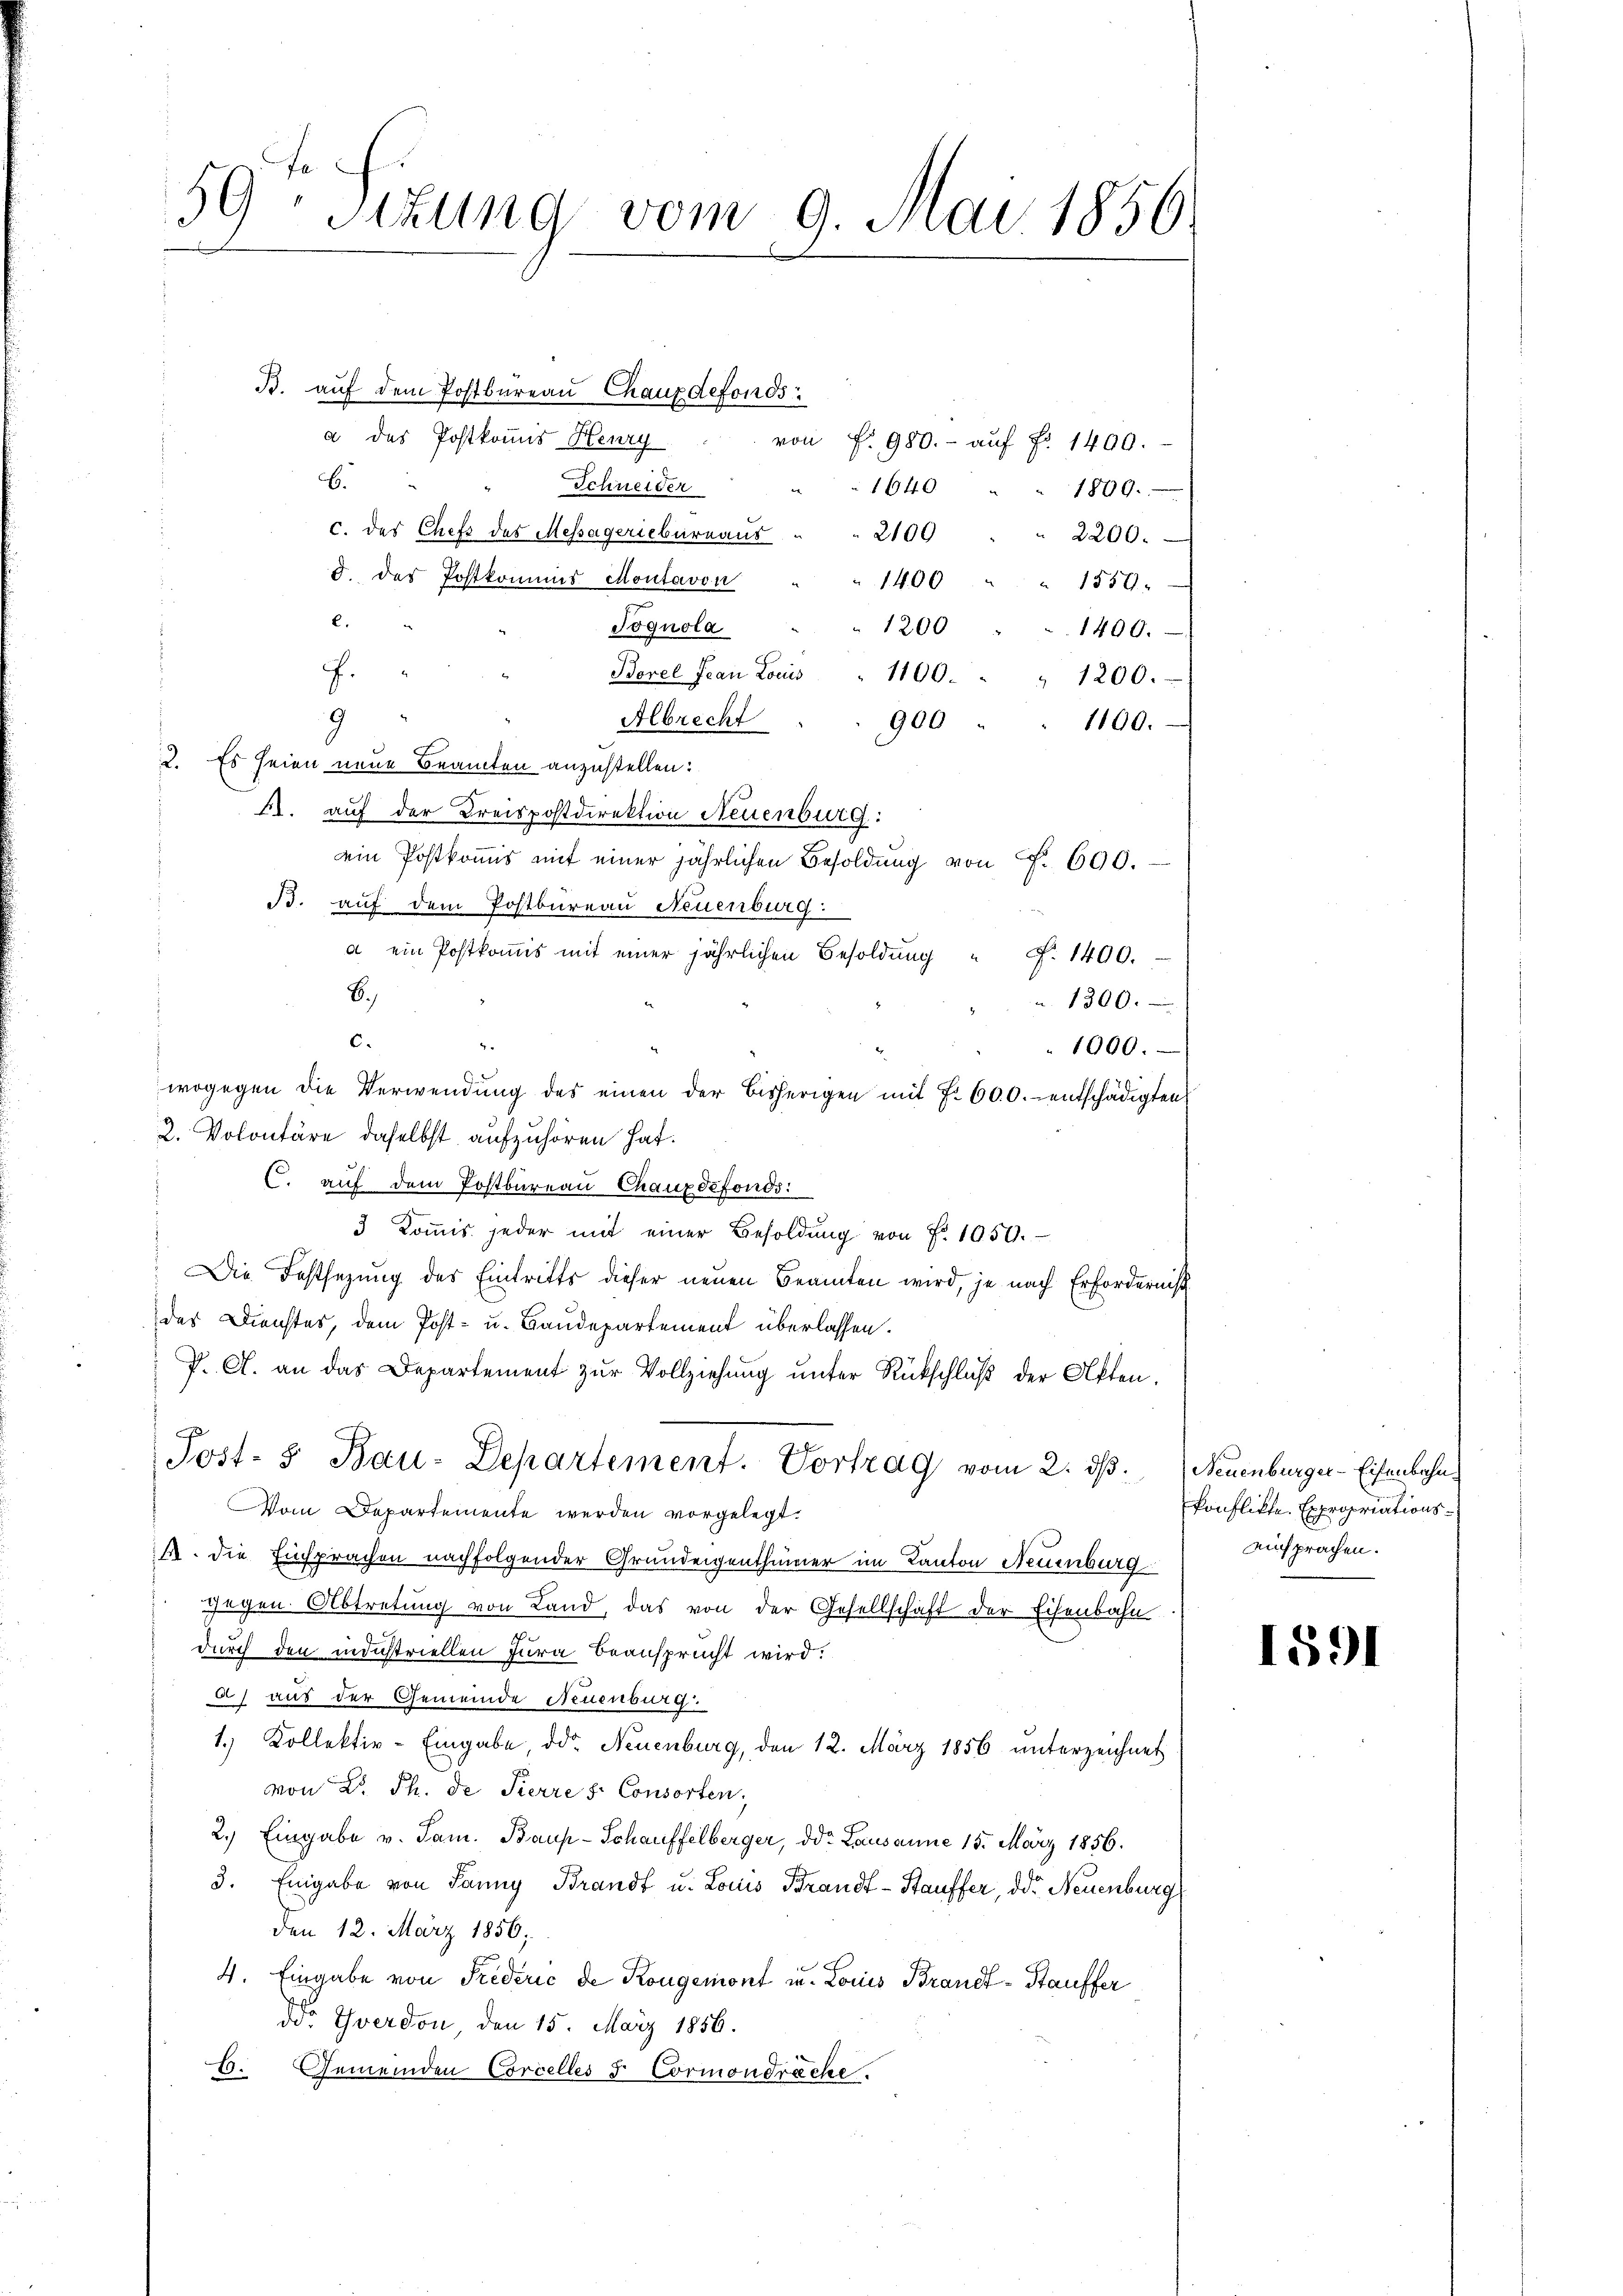
59 Sizung vom 9. Mai 1850.

B. auf dem Postbureau Chauxdefonds
a des Postkommis Henry
von f. 980.- auf No 1400.
6.
Schneider
1640
.
1809.
c. des Chefz des Messägeriebureaus
2100
2200.
8. der Postkommis Montavon
1400 " " 1559.
e.
Jognola
1200
1400.
J.
Borel Jean Locus
1100.
" 1200.
9
Albrecht
900
1100.
2. Es seien neue Beamten anzustellen:
41. auf der Kreispostdirektion Neuenburg:
ein Postkommis mit einer jährlichen Besoldung von Fr. 690.
B. auf dem Postbureau Neuenburg:
a ein Postkoṁis mit einer jährlichen Besoldŭng " F. 1400.
B.)
u. 1300.
c.
1000.
wogegen die Verwendung des einen der bisherigen mit 7. 600. entschädigten
2. Volontäre daselbst aufzuhören hat.
C. auf dem Postbureau Chauxdefonds
3 Koṁis jeder mit einer Besoldŭng von Fr. 1050.
Die Festsezung des Eintritts dieser neuen Beamten wird, je nach Erforderniß
des Dienstes, dem Post- u. Baudepartement überlassen.
P. A. an das Departement zur Vollziehung unter Rückschluß der Akten.
Post- & Bau-Departement. Vortrag vom 2. dβ. Neuenburger-Eisenbahn¬
Vom Departemente werden vorgelegt.
ist. Die Einsprachen nachfolgender Grundeigenthümer im Kanton Neuenburg
gegen Abtretung von Land, das von der Gesellschaft der Eisenbahn
durch den industriellen Jura beansprucht wird.
) aus der Gemeinde Neuenburg.
1.) Kollektiv-Eingabe ddo. Neuenburg, den 12. März 1856 unterzeichnet
von Dr. Th. de Pierre s. Consorten,
2.) Eingabe v. Sam. Baup-Schauffelberger, ddo. Lausanne 15. März 1856.
3. Eingabe von Janny Brandt u. Louis Brandt-Stauffer, der Neuenburg
den 12. März 1856;
4. Eingabe von Predérić de Kongemont u. Louis Brandt-Stauffer
dd Yverdon, den 15. März 1856.
6. Gemeinden Corcelles & Cormondreche.

konflikte. Expropriationseinsprachen.

1591